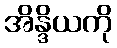
အိန္ဒိယကို